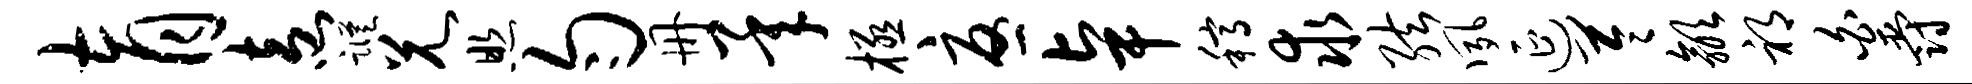
育盍踪兄照匀册承极忧卓稿求弦夙延苓歙祁白爵